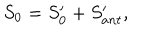
S _ { 0 } = S _ { 0 } ^ { \prime } + S _ { a n t } ^ { \prime } ,